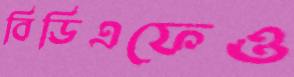
বিডিএফেও